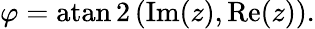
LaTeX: \varphi=\operatorname{atan2}\left(\operatorname{Im}(z),\operatorname{Re}(z)\right).